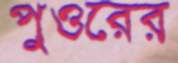
পুওরের